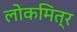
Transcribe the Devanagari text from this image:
लोकमित्र